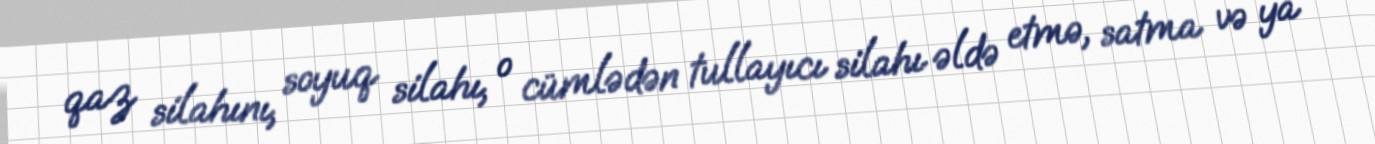
qaz silahını, soyuq silahı, o cümlədən tullayıcı silahı əldə etmə, satma və ya